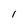
Character: 1